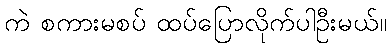
ကဲ စကားမစပ် ထပ်ပြောလိုက်ပါဦးမယ်။